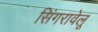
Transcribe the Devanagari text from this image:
सिंगरावेलू